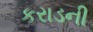
કરાડની